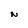
Character: N